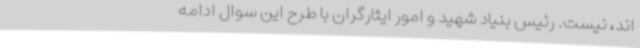
اند، نیست. رئیس بنیاد شهید و امور ایثارگران با طرح این سوال ادامه